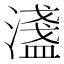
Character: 𬉉